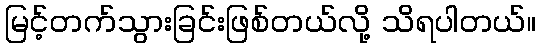
မြင့်တက်သွားခြင်းဖြစ်တယ်လို့ သိရပါတယ်။